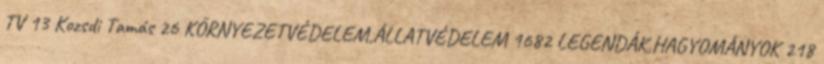
TV 13 Kozsdi Tamás 26 KÖRNYEZETVÉDELEM,ÁLLATVÉDELEM 1682 LEGENDÁK,HAGYOMÁNYOK 218